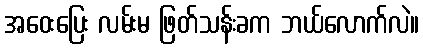
အဝေးပြေး လမ်းမ ဖြတ်သန်းခက ဘယ်လောက်လဲ။